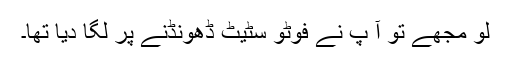
لو مجھے تو آُ پ نے فوٹو سٹیٹ ڈھونڈنے پر لگا دیا تھا۔